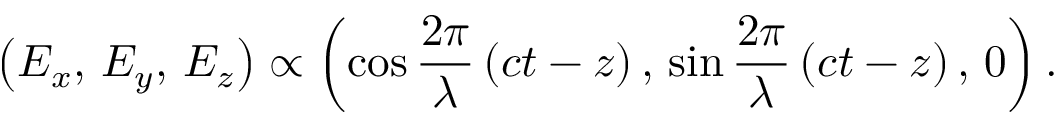
\left( E _ { x } , \, E _ { y } , \, E _ { z } \right) \propto \left( \cos { \frac { 2 \pi } { \lambda } } \left( c t - z \right) , \, \sin { \frac { 2 \pi } { \lambda } } \left( c t - z \right) , \, 0 \right) .